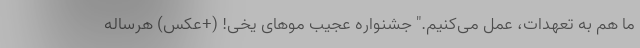
ما هم به تعهدات، عمل می‌کنیم." جشنواره عجیب موهای یخی! (+عکس) هرساله